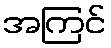
အကြင်